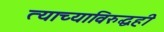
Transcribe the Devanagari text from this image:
त्याच्याविरुद्धही